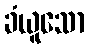
ခံယူသော